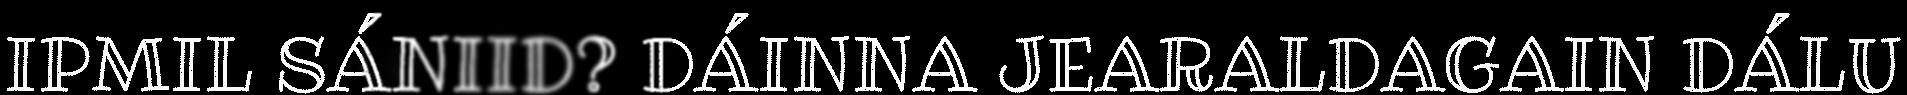
IPMIL SÁNIID? DÁINNA JEARALDAGAIN DÁLU